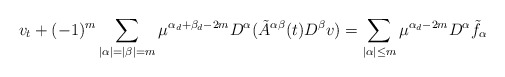
\begin{align*}v_t+(-1)^m\sum_{|\alpha|=|\beta|=m}\mu^{\alpha_d+\beta_d-2m}D^\alpha({\tilde A}^{\alpha\beta}(t)D^\beta v)=\sum_{|\alpha|\le m}\mu^{\alpha_d-2m}D^\alpha \tilde{f}_\alpha \end{align*}